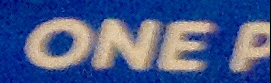
ONE